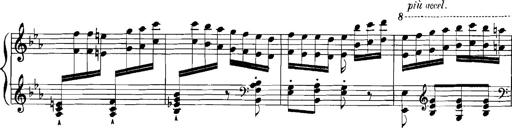
Title: Rhapsodies hongroises
Composer: Franz Liszt